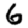
Digit: 6